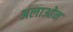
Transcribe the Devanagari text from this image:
अलाओन